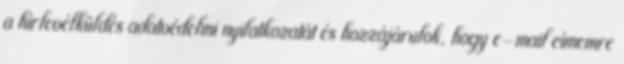
a hírlevélküldés adatvédelmi nyilatkozatát és hozzájárulok, hogy e-mail címemre